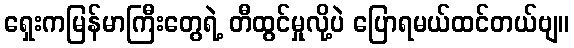
ရှေးကမြန်မာကြီးတွေရဲ့ တီထွင်မှုလို့ပဲ ပြောရမယ်ထင်တယ်ဗျ။